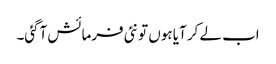
اب لے کر آیا ہوں تو نئی فرمائش آگئی۔